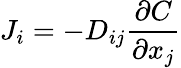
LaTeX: J_{i}=-D_{ij}{\frac{\partial C}{\partial x_{j}}}